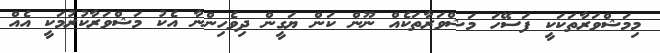
މިމަޝްވަރާތަކަކީ ފަސޭހަ މަޝްވަރާތަކެއް ނޫން ކަން ޔަގީން ދިވެހިންނާ އެކު މަޝްވަރާކުރުމަކީ އެއް